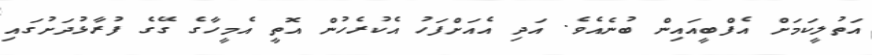
އަތުލީކަމަށް އެފްބީއައިން ބުނެއެވެ. އަދި އެއަށްފަހު އެކުރެހުން އޮތީ އެމީހާގެ ގޭގެ ފުރާޅުދަށުގައި